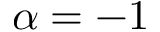
\alpha = - 1